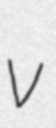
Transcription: v